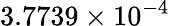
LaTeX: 3.7739\times 10^{-4}